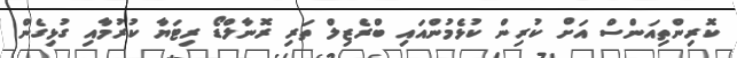
ކޮރިންތިއަންސް އަށް ކުރިން ކުޅެމުންއައި ބްރެޒިލް ތަރި ރޮނާލްޑޯ ރިޓަޔާ ކުރުމާއި ގުޅިގެން